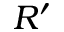
R ^ { \prime }